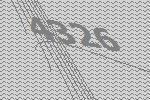
4326